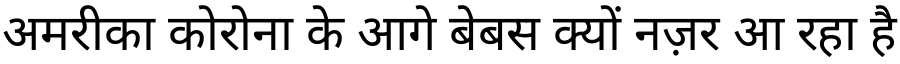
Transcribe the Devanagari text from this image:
अमरीका कोरोना के आगे बेबस क्यों नज़र आ रहा है